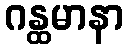
ဂန္ထမာနာ